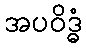
အပဝိဒ္ဓံ